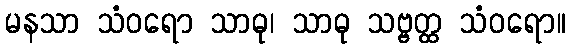
မနသာ သံဝရော သာဓု၊ သာဓု သဗ္ဗတ္ထ သံဝရော။